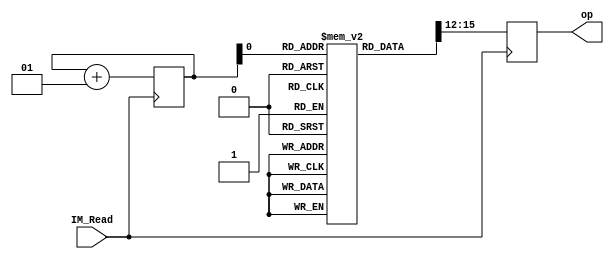
module ireg (
    output reg [3:0] op,
    input IM_Read
);
reg [15:0] inst[1:0];
integer i;
initial begin
    inst[0] = 16'b1001001110010000;
    inst[1] = 16'b1010001100010000;
    i = 0;
end
always @(posedge IM_Read) begin
    op = inst[i][15:12];
    i = i + 1;
end

    
endmodule